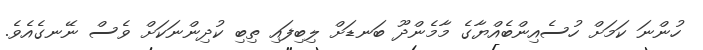
ހުންނަ ކަމަށް ހުސެއިންބެއްޔާގެ މާމެންދޫ ބަނޑަށް ލިބިފައި ތިބި ކުދިންނަކަށް ވެސް ނޭނގެއެވެ.